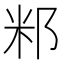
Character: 𥸬